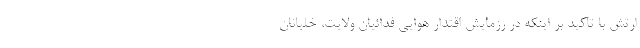
ارتش با تاکید بر اینکه در رزمایش اقتدار هوایی فدائیان ولایت، خلبانان